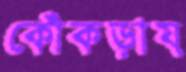
কোঁকড়ায়